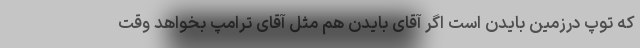
که توپ درزمین بایدن است اگر آقای بایدن هم مثل آقای ترامپ بخواهد وقت